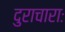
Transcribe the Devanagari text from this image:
दुराचाराः